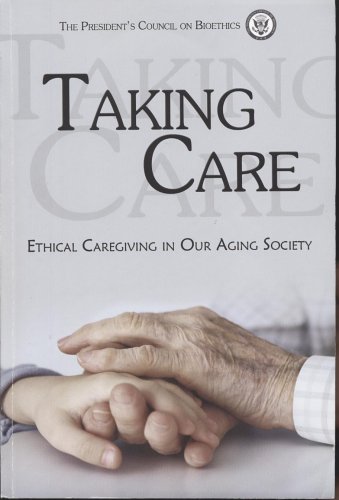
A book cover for Taking Care: Ethical Caregiving in Our Aging Society; Law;